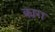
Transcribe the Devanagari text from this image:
क्राग